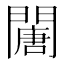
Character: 𨶈